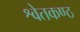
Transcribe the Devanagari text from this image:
श्वेतकण्ठ